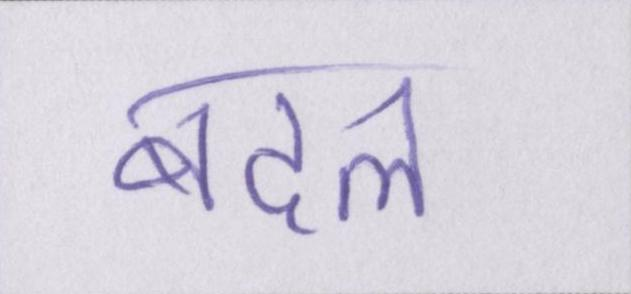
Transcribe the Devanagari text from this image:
बदल